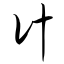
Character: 计